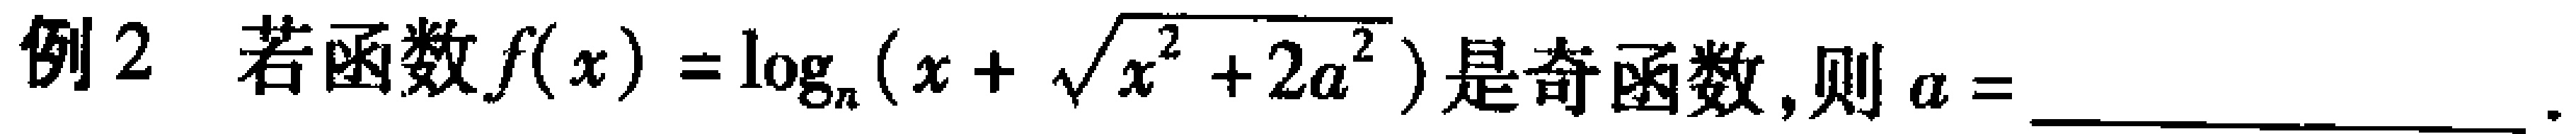
例2 若函数\(f(x)=\log_{a}(x + \sqrt{x^{2}+2a^{2}})\)是奇函数，则\(a =\) ________ 。